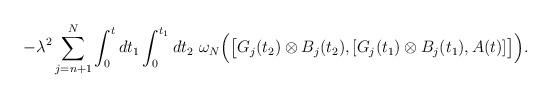
LaTeX: \begin{align*}-\lambda^2 \sum_{j=n+1}^N \int_0^t dt_1\int_0^{t_1} d t_2 \ \omega_N\Big( \big[G_j(t_2)\otimes B_j(t_2), [ G_j(t_1)\otimes B_j(t_1), A(t)]\big]\Big).\end{align*}